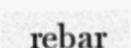
rebar